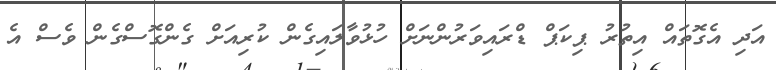
އަދި އެގޮތައް އިތުރު ޕިކަޕް ޑްރައިވަރުންނަށް ހުޅުވާލައިގެން ކުރިއަށް ގެންގޮސްގެން ވެސް އެ